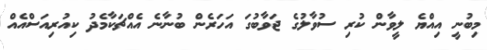
މިބުނީ އިއްޔެ ލީވާން ކުރި ސުވާލުގެ ޖަވާބުގަ އަހަރެން ބުނާނެ އެއްޗަކާމެދު ކިއުރިއަސްއެއް